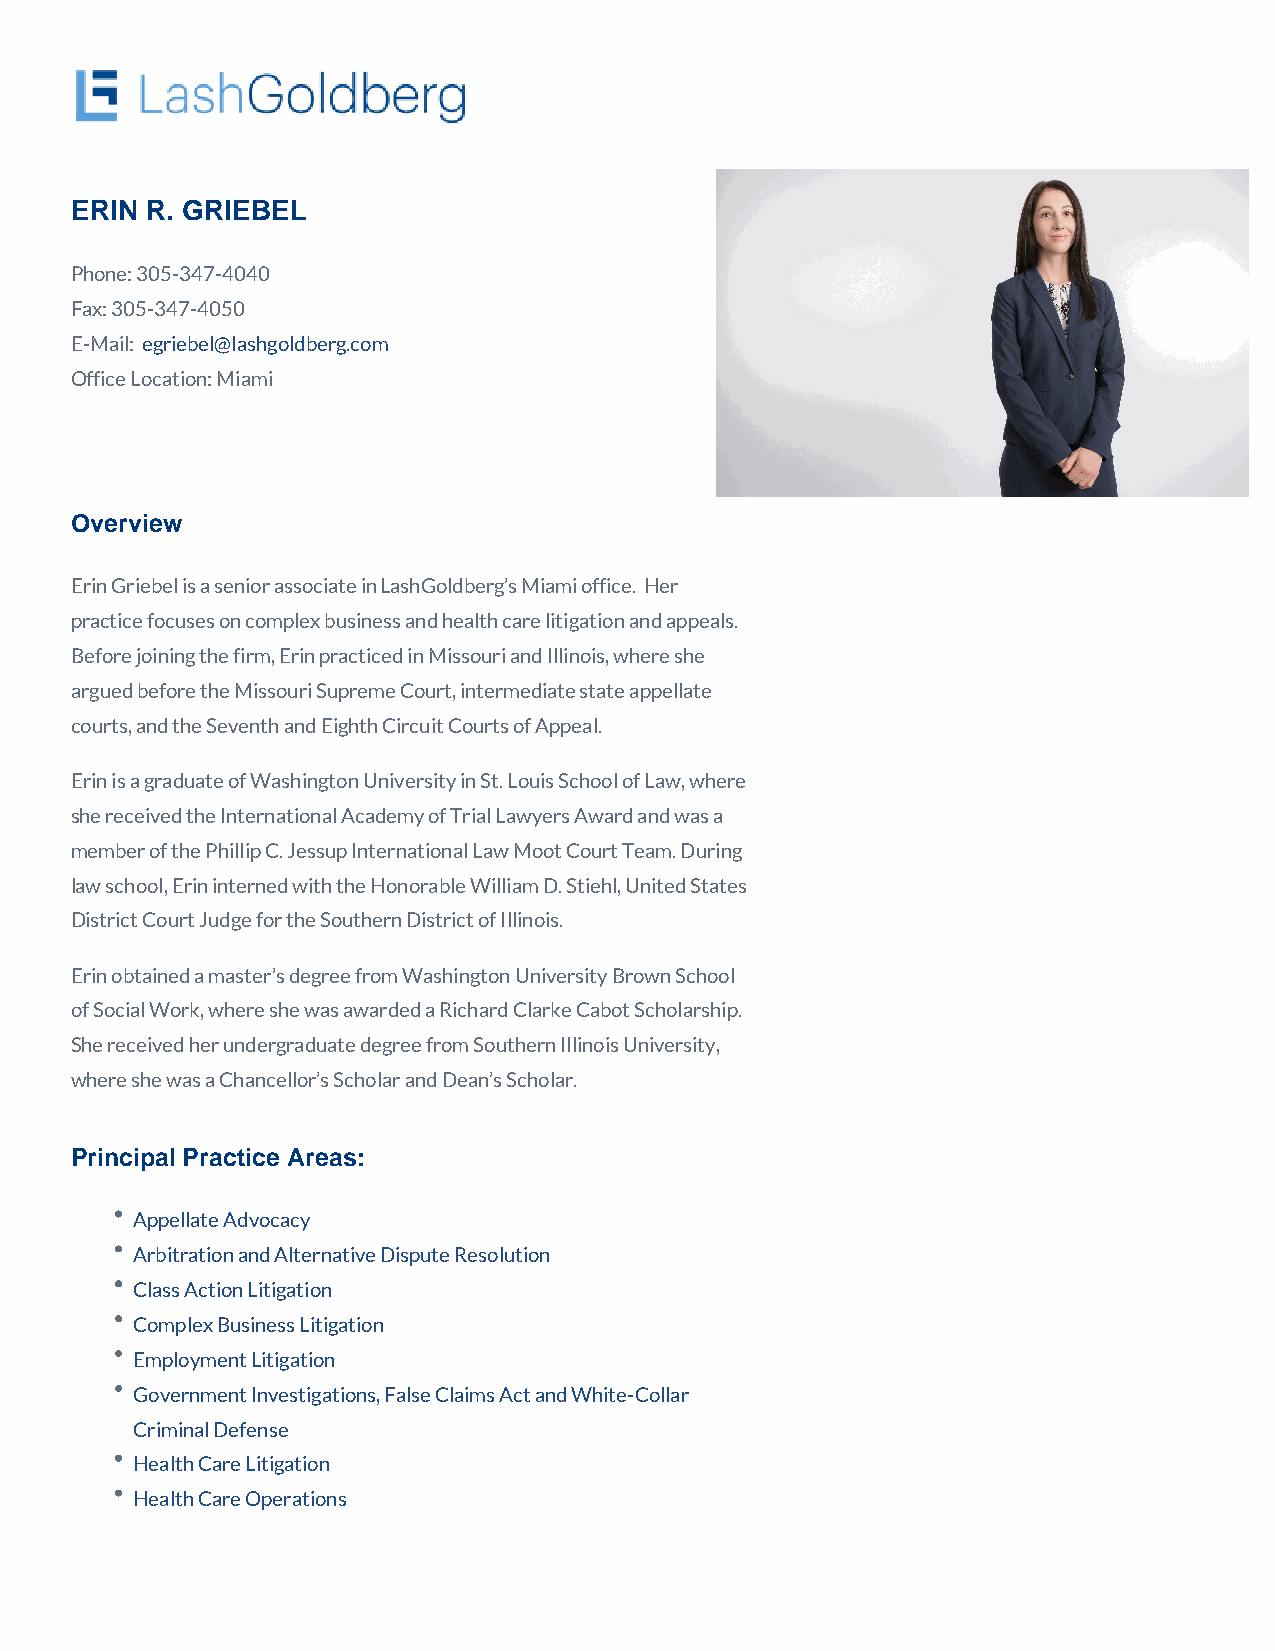
ERIN R. GRIEBEL
 Phone: 305-347-4040
 Fax: 305-347-4050
 E-Mail: egriebel@lashgoldberg.com
 Office Location: Miami
 Overview
 Erin Griebel is a senior associate in LashGoldberg’s Miami office. Her
 practice focuses on complex business and health care litigation and appeals.
 Before joining the firm, Erin practiced in Missouri and Illinois, where she
 argued before the Missouri Supreme Court, intermediate state appellate
 courts, and the Seventh and Eighth Circuit Courts of Appeal.
 Erin is a graduate of Washington University in St. Louis School of Law, where
 she received the International Academy of Trial Lawyers Award and was a
 member of the Phillip C. Jessup International Law Moot Court Team. During
 law school, Erin interned with the Honorable William D. Stiehl, United States
 District Court Judge for the Southern District of Illinois.
 Erin obtained a master’s degree from Washington University Brown School
 of Social Work, where she was awarded a Richard Clarke Cabot Scholarship.
 She received her undergraduate degree from Southern Illinois University,
 where she was a Chancellor’s Scholar and Dean’s Scholar.
 Principal Practice Areas:
 Appellate Advocacy
 Arbitration and Alternative Dispute Resolution
 Class Action Litigation
 Complex Business Litigation
 Employment Litigation
 Government Investigations, False Claims Act and White-Collar
 Criminal Defense
 Health Care Litigation
 Health Care Operations